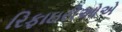
રિફાઇરીઓએ